Vaccination in Burma 1900-1911 - 1900-1911
Year: 1900
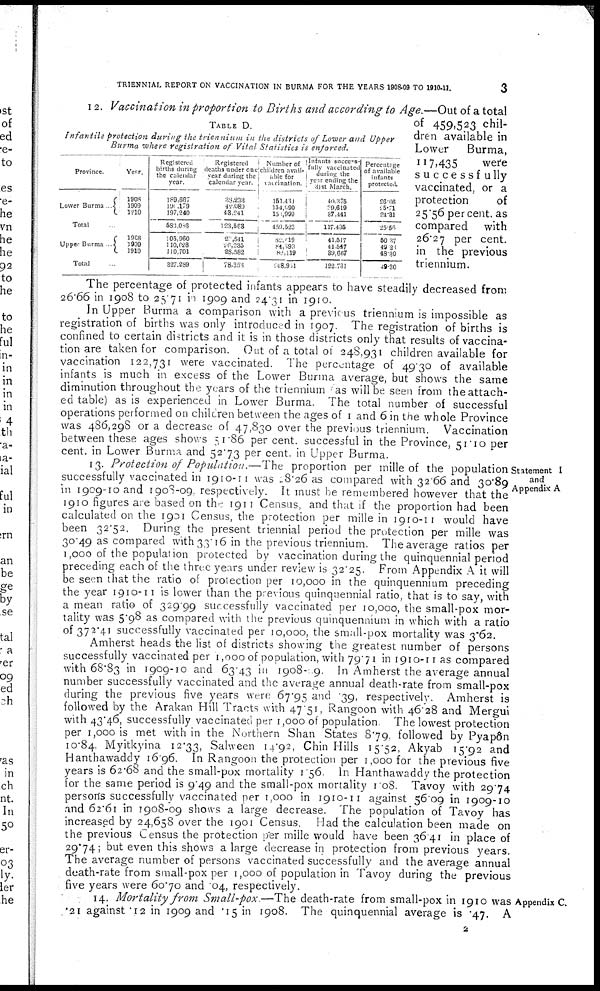
TRIENNIAL REPORT ON VACCINATION IN BURMA FOR THE YEARS 1908-09 TO 1910-11.
3
TABLE D.
Infantile protection during the triennium in the districts of Lower and Upper
Burma where registration of Vital Statistics is enforced.
Province.
Lower Burma ....
Year.
1908
1909
1910
Total ...
Upper Burma ...
1908
1909
1910
Total ...
Registered
births during
the calendar
year.
189,667
190,179
197,240
583,086
105,960
110,628
110,701
327,289
Registered
deaths under one-
year during the
calendar year.
38,233
42,089
43,241
123,563
20,541
26,235
28,582
78,353
Number of
children avail-
able for
vaccination.
151,431
154,090
150,999
459,523
82,019
84,393
82,119
248,961
Infants success-
fully vaccinated
during the
year ending the
31st March.
40,375
39,619
37,441
117,435
41,517
41,547
39,667
122,731
Percentage
of available
infants
protected
26.66
25.71
24.31
25.56
50.37
49.20
48.30
49.30
12. Vaccination in proportion to Births and according to Age.—Out of a total
of 459,523 chil-
dren available in
Lower
Burma,
117,435
were
successfully
vaccinated, or a
protection
of
25.56 per cent. as
compared
with
26.27 per cent.
in the previous
triennium.
The percentage of protected infants appears to have steadily decreased from
26.66 in 1908 to 25.71 in 1909 and 24.31 in 1910.
In Upper Burma a comparison with a previous triennium is impossible as
registration of births was only introduced in 1907. The registration of births is
confined to certain districts and it is in those districts only that results of vaccina-
tion are taken for comparison. Out of a total of 248,931 children available for
vaccination 122,731 were vaccinated. The percentage of 49.30 of available
infants is much in excess of the Lower Burma average, but shows the same
diminution throughout the years of the triennium as will be seen from the attach-
ed table) as is experienced in Lower Burma. The total number of successful
operations performed on children between the ages of 1 and 6 in the whole Province
was 486,298 or a decrease of 47,830 over the previous triennium. Vaccination
between these ages shows 51.86 per cent. successful in the Province, 51.10 per
cent. in Lower Burma and 52.73 per cent. in Upper Burma.
Statement I
and
Appendix A
13. Protection of Population.—The
proportion per mille of the population
successfully vaccinated in 1910-11 was 28.26 as compared with 32.66 and 30.89
in 1909-10 and 1908-09, respectively. It must be remembered however that the
1910 figures are based on the 1911 Census, and that if the proportion had been
calculated on the 1901 Census, the protection per mille in 1910-11 would have
been 32.52. During the present triennial period the protection per mille was
30.49 as compared with 33.16 in the previous triennium. The average ratios per
1,000 of the population protected by vaccination during the quinquennial period
preceding each of the three years under review is 32.25. From Appendix A it will
be seen that the ratio of protection per 10,000 in the quinquennium preceding
the year 1910-11 is lower than the previous quinquennial ratio, that is to say, with
a mean ratio of 329.99 successfully vaccinated per 10,000, the small-pox mor-
tality was 5.98 as compared with the previous quinquennium in which with a ratio
of 372.41 successfully vaccinated per 10,000, the small-pox mortality was 3.62.
Amherst heads the list of districts showing the greatest number of persons
successfully vaccinated per 1,000 of population, with 79.71 in 1910-11 as compared
with 68.83 in 1909-10 and 63.43 in 1908-09. in Amherst the average annual
number successfully vaccinated and the average annual death-rate from small-pox
during the previous five years were 67.95 and .39, respectively. Amherst is
followed by the Arakan Hill Tracts with 47.51, Rangoon with 46.28 and Mergui
with 43.46, successfully vaccinated per 1,000 of population. The lowest protection
per 1,000 is met with in the Northern Shan States 8.79, followed by Pyapôn
10.84, Myitkyina 12.33, Salween 14.92, Chin Hills 15.52, Akyab 15.92 and
Hanthawaddy 16.96. In Rangoon the protection per 1,000 for the previous five
years is 62.68 and the small-pox mortality 1.56. In Hanthawaddy the protection
for the same period is 9.49 and the small-pox mortality 1.08. Tavoy with 29.74
persons successfully vaccinated per 1,000 in 1910-11 against 56.09 in 1909-10
and 62.61 in 1908-09 shows a large decrease. The population of Tavoy has
increased by 24,658 over the 1901 Census. Had the calculation been made on
the previous Census the protection per mille would have been 36.41 in place of
29.74; but even this shows a large decrease in protection from previous years.
The average number of persons vaccinated successfully and the average annua
death-rate from small-pox per 1,000 of population in Tavoy during the previous
five years were 60.70 and .04, respectively.
14. Mortality from Small-pox.—The death-rate from small-pox in 1910 was Appendix C.
21 against .12 in 1909 and .15 in 1908. The quinquennial average is .47. A
2